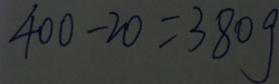
4 0 0 - 2 0 = 3 8 0 g